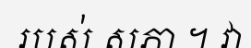
របស់ សភា ។ វា